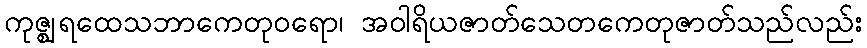
ကုဇ္ဈရထေသဘာကေတုဝရော၊ အဝါရိယဇာတ်သေတကေတုဇာတ်သည်လည်း